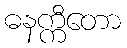
ဓနက္ကီတော